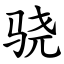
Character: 骁